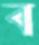
ব